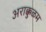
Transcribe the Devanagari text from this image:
अराक्कुळम